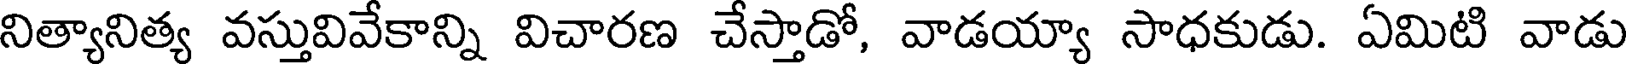
నిత్యానిత్య వస్తువివేకాన్ని విచారణ చేస్తాడో, వాడయ్యా సాధకుడు. ఏమిటి వాడు